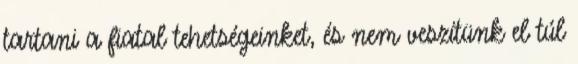
tartani a fiatal tehetségeinket, és nem veszítünk el túl